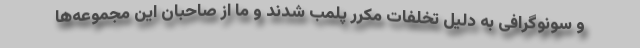
و سونوگرافی به دلیل تخلفات مکرر پلمب شدند و ما از صاحبان این مجموعه‌ها